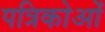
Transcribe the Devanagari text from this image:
पत्रिकोओं